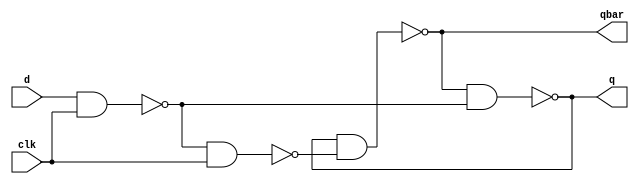
`timescale 1ns/1ns
module DLatch(input d, input clk, output q, output qbar);
	wire set, reset;
	nand #(8,8) nSet(set, d, clk);
	nand #(8,8) nReset(reset, set, clk);
	
	nand #(8,8) nQ(q, qbar, set);
	nand #(8,8) nQbar(qbar, q, reset);
endmodule